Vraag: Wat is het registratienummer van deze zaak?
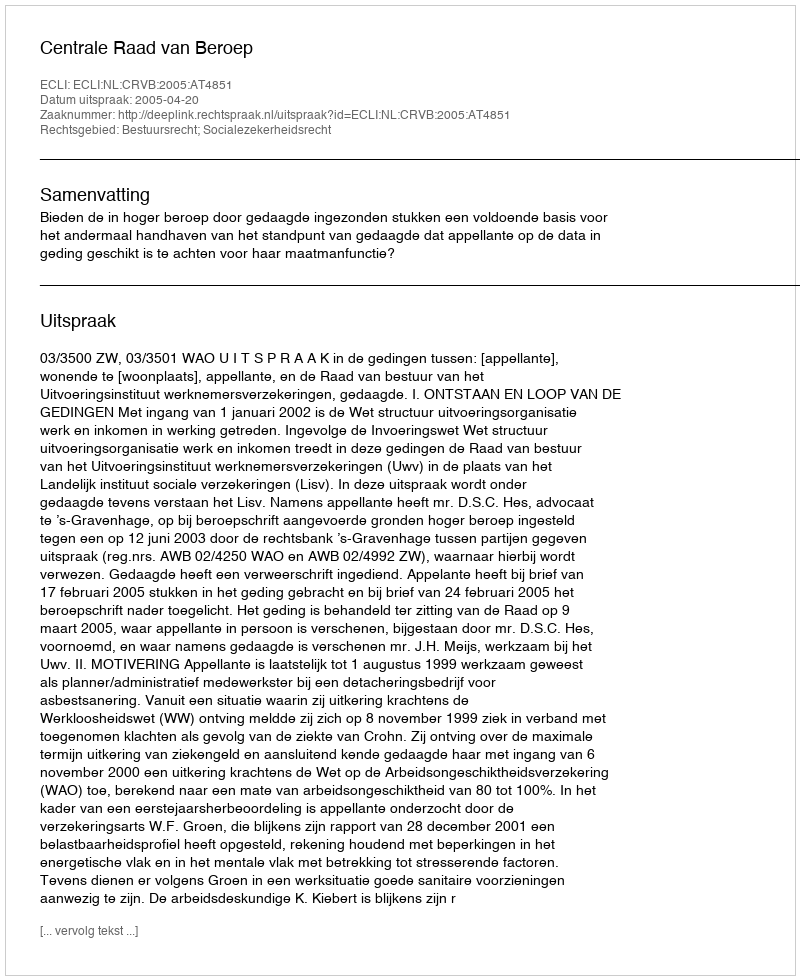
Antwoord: http://deeplink.rechtspraak.nl/uitspraak?id=ECLI:NL:CRVB:2005:AT4851